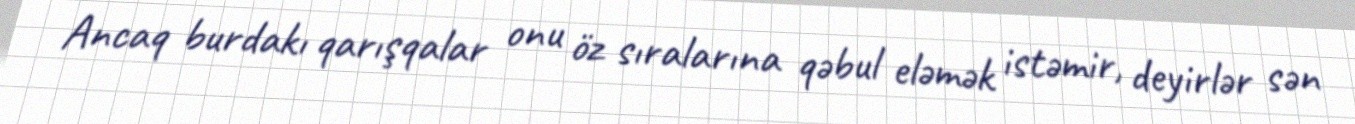
Ancaq burdakı qarışqalar onu öz sıralarına qəbul eləmək istəmir, deyirlər sən